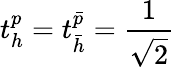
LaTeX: t_{h}^{p}=t_{\bar{h}}^{\bar{p}}=\frac{1}{\sqrt{2}}